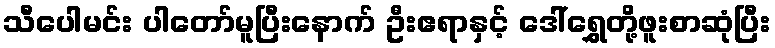
သီပေါမင်း ပါတော်မူပြီးနောက် ဦးဧရာနှင့် ဒေါ်ရွှေတို့ဖူးစာဆုံပြီး